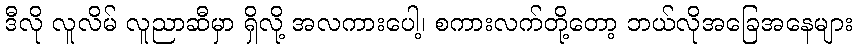
ဒီလို လူလိမ် လူညာဆီမှာ ရှိလို့ အလကားပေါ့၊ စကားလက်တို့တော့ ဘယ်လိုအခြေအနေများ